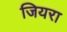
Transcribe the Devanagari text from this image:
जियरा